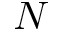
N